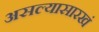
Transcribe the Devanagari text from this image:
असल्यासारखं